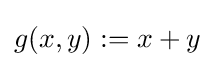
g(x,y):=x+y